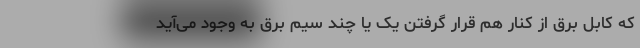
که کابل برق از کنار هم قرار گرفتن یک یا چند سیم برق به وجود می‌آید